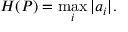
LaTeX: H ( P ) = { \underset { i } { \operatorname* { m a x } } } \, | a _ { i } | .